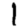
Digit: 1